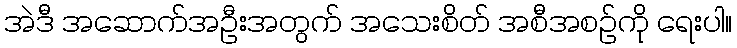
အဲဒီ အဆောက်အဦးအတွက် အသေးစိတ် အစီအစဉ်ကို ရေးပါ။